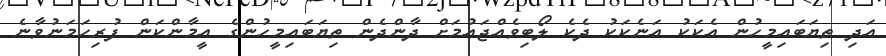
އަދި ތިޔަބައިމީހުން އެކަކު އަނެކަކު ދެކެ ލޯބިވެއްޖައުމަށް ދާންދެން ތިޔަބައިމީހުންގެ އީމާންކަން ފުރިހަމަނުވާނެ